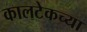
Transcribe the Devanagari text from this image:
कालटेकच्या